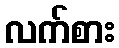
လက်စား